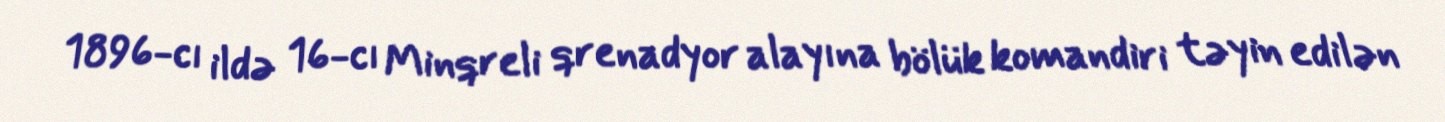
1896-cı ildə 16-cı Minqreli qrenadyor alayına bölük komandiri təyin edilən